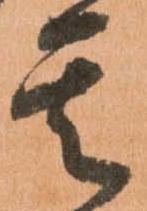
其